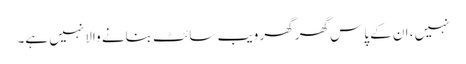
نہیں ، ان کے پاس گھر گھر ویب سائٹ بنانے والا نہیں ہے۔